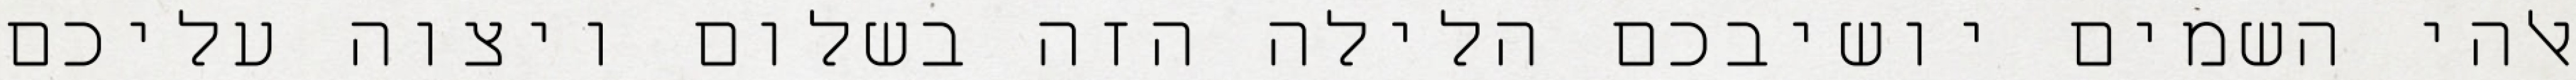
אלהי השמים יושיבכם הלילה הזה בשלום ויצוה עליכם